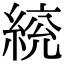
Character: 𦁙